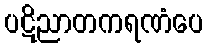
ပဋိညာတကရဏံပေ